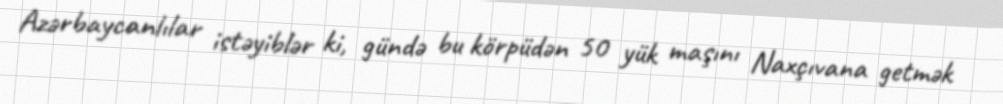
Azərbaycanlılar istəyiblər ki, gündə bu körpüdən 50 yük maşını Naxçıvana getmək